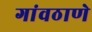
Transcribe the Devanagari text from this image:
गांवठाणे